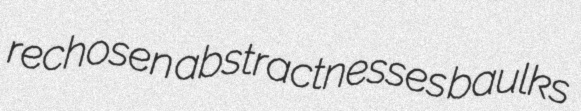
rechosen abstractnesses baulks